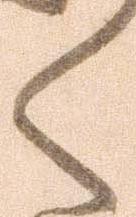
く